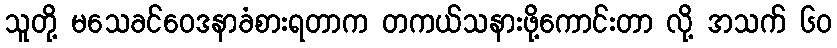
သူတို့ မသေခင်ဝေဒနာခံစားရတာက တကယ်သနားဖို့ကောင်းတာ လို့ အသက် ၆၀